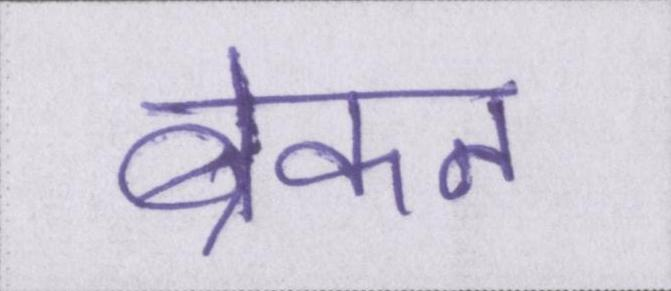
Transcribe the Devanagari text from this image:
ब्रेकन